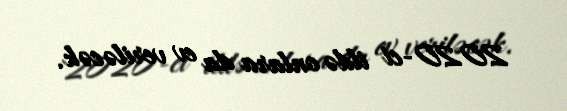
2020-ci ildə onlara da ev veriləcək.